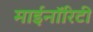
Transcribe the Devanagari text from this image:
माईनॉरिटी